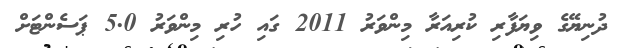
ދުނިޔޭގެ ވިޔަފާރި ކުރިއަރާ މިންވަރު 2011 ގައި ހުރި މިންވަރު 5.0 ޕަސެންޓަށް